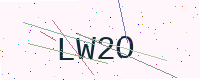
Text: LW2O